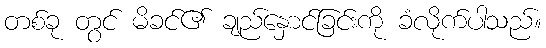
တစ်ခု တွင် မိခင်၏ ချည်နှောင်ခြင်းကို ခံလိုက်ပါသည်။